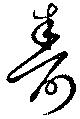
壽